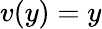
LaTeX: v(y)=y